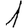
Digit: 1